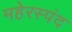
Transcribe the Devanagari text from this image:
महेरस्पंद